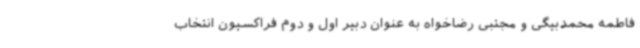
فاطمه محمدبیگی و مجتبی رضاخواه به عنوان دبیر اول و دوم فراکسیون انتخاب